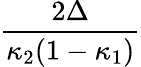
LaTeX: \frac{2\Delta}{\kappa_{2}(1-\kappa_{1})}